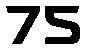
75